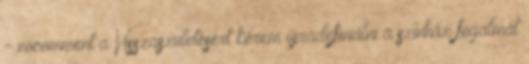
- nocomment a Visszaszületésért kérem újradefiniálni a szinház fogalmát